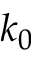
k _ { 0 }